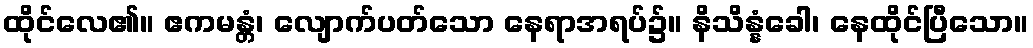
ထိုင်လေ၏။ ဧကမန္တံ၊ လျောက်ပတ်သော နေရာအရပ်၌။ နိသိန္နံခေါ၊ နေထိုင်ပြီသော။